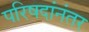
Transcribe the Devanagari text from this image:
परिषदांनंतर